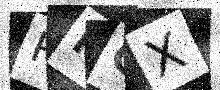
Text: RKGX